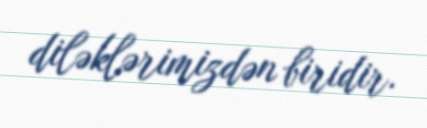
diləklərimizdən biridir.